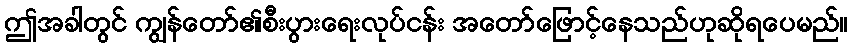
ဤအခါတွင် ကျွန်တော်၏စီးပွားရေးလုပ်ငန်း အတော်ဖြောင့်နေသည်ဟုဆိုရပေမည်။